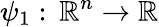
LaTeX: \psi_{1}:\, \mathbb{R}^{n}\to\mathbb{R}